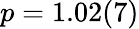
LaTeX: p=1.02(7)